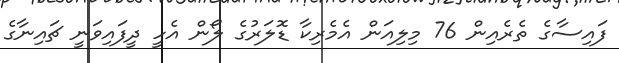
ފައިސާގެ ތެރެއިން 76 މިލިއަން އެމެރިކާ ޑޮލަރުގެ ލޯން އެހީ ދީފައިވަނީ ޗައިނާގެ